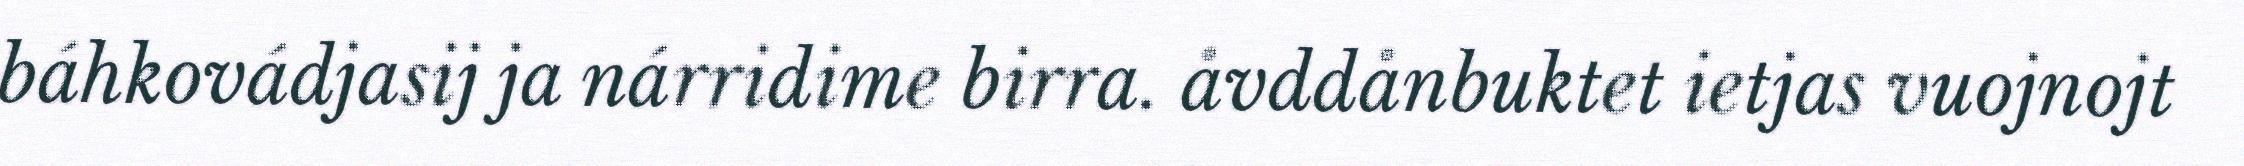
báhkovádjasij ja nárridime birra. åvddånbuktet ietjas vuojnojt